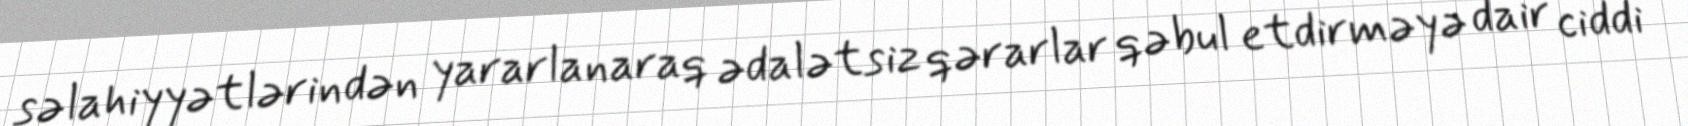
səlahiyyətlərindən yararlanaraq ədalətsiz qərarlar qəbul etdirməyə dair ciddi